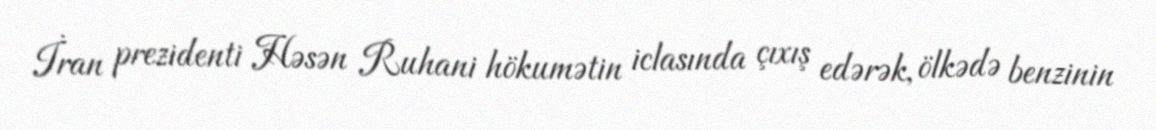
İran prezidenti Həsən Ruhani hökumətin iclasında çıxış edərək, ölkədə benzinin